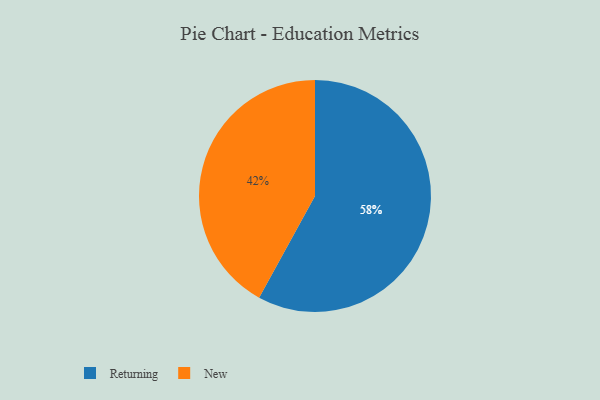
{"axis": {"x": "Category", "y": "Percentage"}, "legend": ["New", "Returning"], "data": [{"x": "New", "y": 42, "type": "New"}, {"x": "Returning", "y": 58, "type": "Returning"}]}